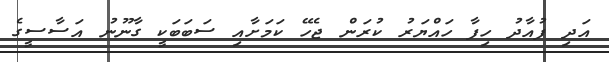
އަދި ފުއާދު ހިފާ ހައްޔަރު ކުރަން ޖެހޭ ކަމަށާއި ސަބަބަކީ ގާނޫނު އަސާސީގެ